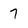
Character: 7